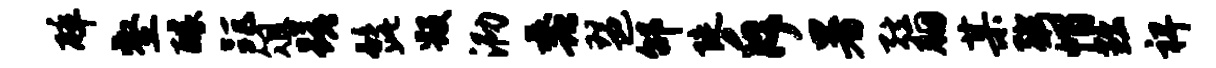
碎壑醵距俎蹉髭毁泐蠡琶邰陡斥暑弦胭某粥帽黜裨